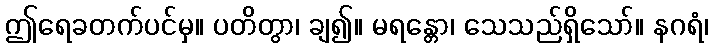
ဤရေခတက်ပင်မှ။ ပတိတွာ၊ ချ၍။ မရန္တော၊ သေသည်ရှိသော်။ နဂရံ၊